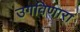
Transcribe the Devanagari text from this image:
उगविणारा